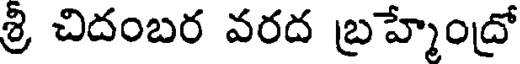
శ్రి చిదంబర వరద బ్రహ్మేంద్రో